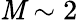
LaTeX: \mathit{M}\sim2